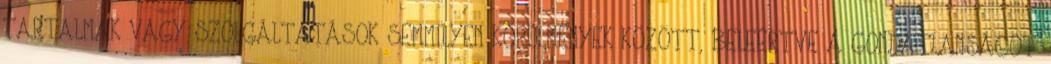
TARTALMAK VAGY SZOLGÁLTATÁSOK SEMMILYEN KÖRÜLMÉNYEK KÖZÖTT, BELEÉRTVE A GONDATLANSÁGOT